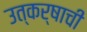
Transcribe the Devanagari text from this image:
उत्कर्षाची